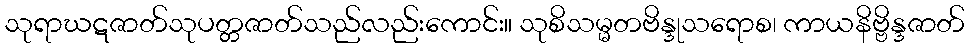
သုရာဃဋဇာတ်သုပတ္တဇာတ်သည်လည်းကောင်း။ သုစိသမ္မတဗိန္ဒုသရောစ၊ ကာယနိဗ္ဗိန္ဒဇာတ်